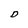
Character: D